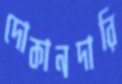
দোকানদারি